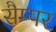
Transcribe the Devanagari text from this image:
सैम्पर